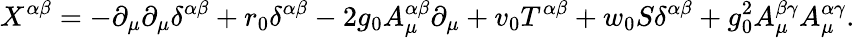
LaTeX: X^{\alpha\beta}=-\partial_{\mu}\partial_{\mu}\delta^{\alpha\beta}+r_{0}\delta^{\alpha\beta}-2g_{0}A_{\mu}^{\alpha\beta}\partial_{\mu}+v_{0}T^{\alpha\beta}+w_{0}S\delta^{\alpha\beta}+g_{0}^{2}A_{\mu}^{\beta\gamma}A_{\mu}^{\alpha\gamma}.